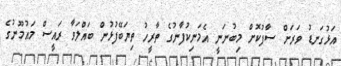
އަޅުގަނޑު ވަރަށް ސާފުކޮށް މިބުނަނީ އެމަނިކުފާނުގެ ތާރީހު ތިޔަބޭފުޅުން ބައްލަވާ ރައީސް މައުމޫނުގެ